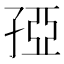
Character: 孲